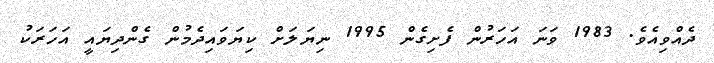
ދެއްވިއެވެ. 1983 ވަނަ އަހަރުން ފެށިގެން 1995 ނިޔަލަށް ކިޔަވައިދެމުން ގެންދިޔައީ އަހަރަކު